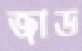
জাড